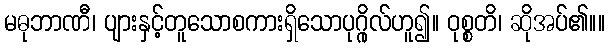
မဓုဘာဏီ၊ ပျားနှင့်တူသောစကားရှိသောပုဂ္ဂိုလ်ဟူ၍။ ဝုစ္စတိ၊ ဆိုအပ်၏။။